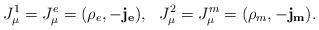
LaTeX: \begin{align*}J_\mu^1=J_\mu^e=(\rho_e, -\mathbf{j_e}),~~J_\mu^2=J_\mu^m=(\rho_m,-\mathbf{j_m}).\end{align*}